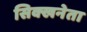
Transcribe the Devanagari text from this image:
सिक्खनेता